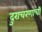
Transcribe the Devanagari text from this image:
दुराचरणाची